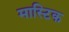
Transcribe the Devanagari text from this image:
मास्टिक